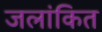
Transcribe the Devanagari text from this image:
जलांकित